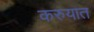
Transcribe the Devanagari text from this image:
करुयात